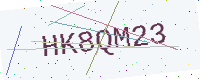
Text: HK8QM23